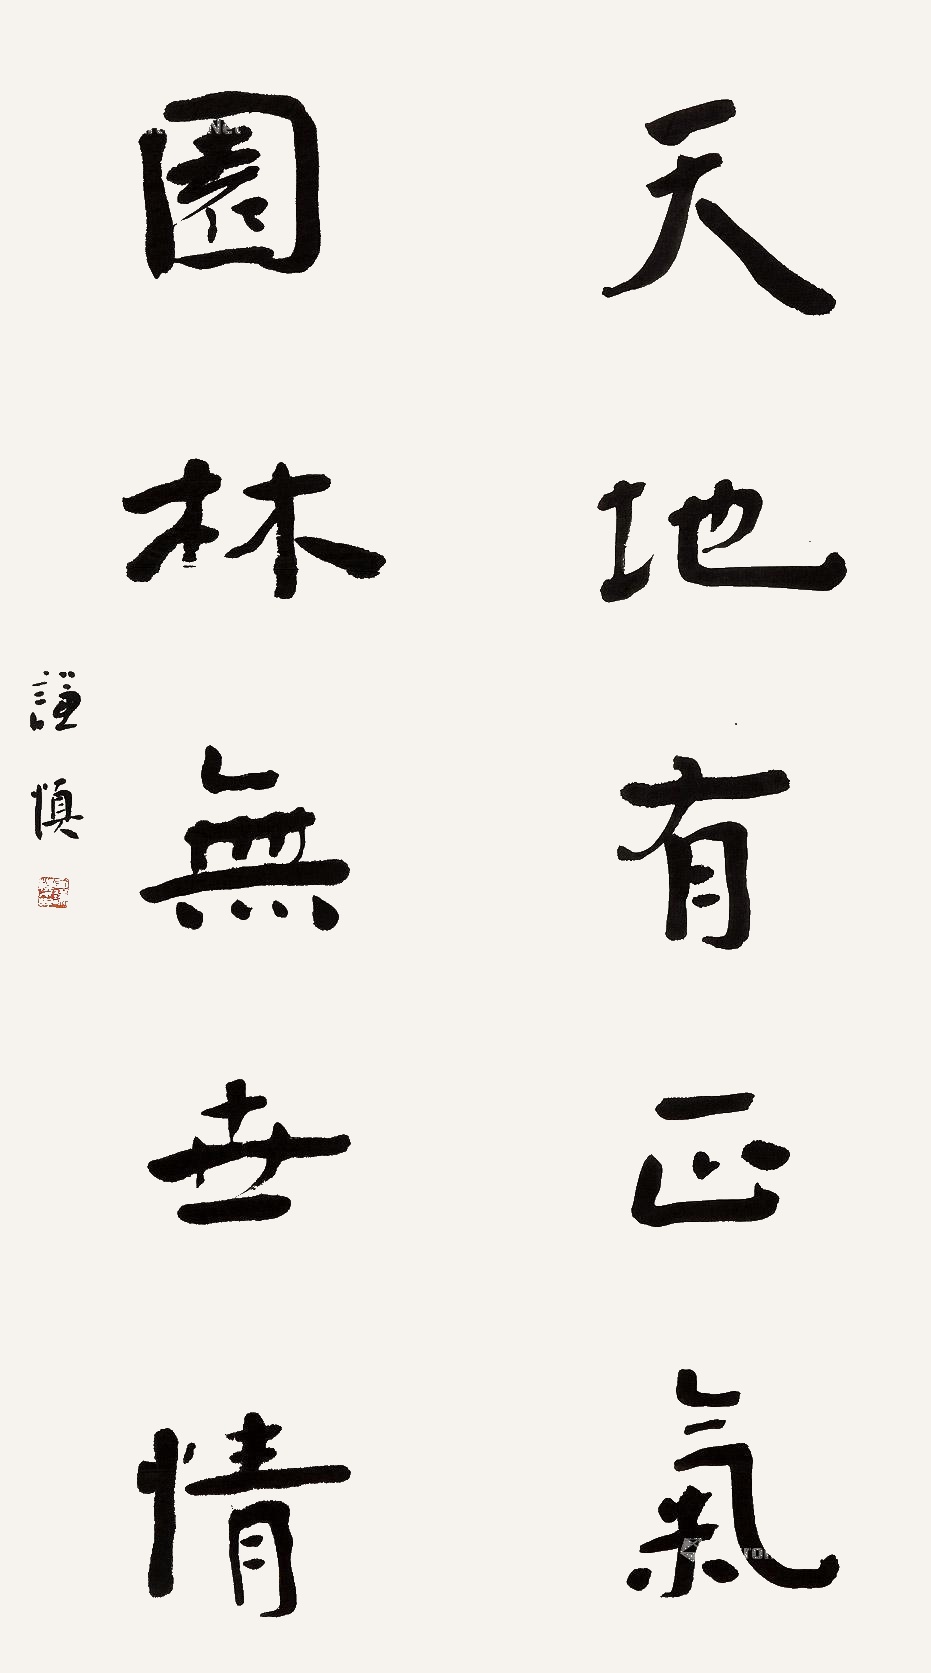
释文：天地有正气，园林无世情。谦慎。